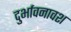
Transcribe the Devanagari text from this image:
दुर्भावनावश